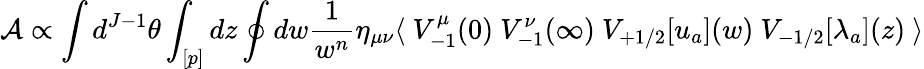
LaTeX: {\cal A}\propto\int d^{J-1}\theta\int_{[p]}dz\oint dw\frac{1}{w^{n}}\eta_{\mu\nu}\langle\ V_{-1}^{\mu}(0)\ V_{-1}^{\nu}(\infty)\ V_{+1/2}[u_{a}](w)\ V_{-1/2}[\lambda_{a}](z)\ \rangle